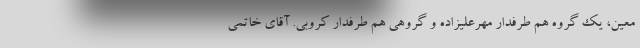
معین، یک گروه هم طرفدار مهرعلیزاده و گروهی هم طرفدار کروبی. آقای خاتمی